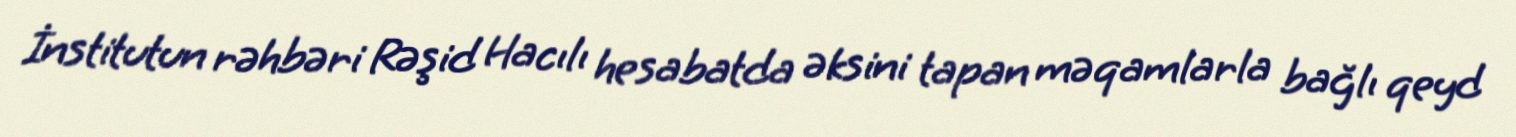
İnstitutun rəhbəri Rəşid Hacılı hesabatda əksini tapan məqamlarla bağlı qeyd